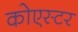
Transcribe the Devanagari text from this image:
कोएस्टर